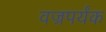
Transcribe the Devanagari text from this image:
वज्रपर्यंक